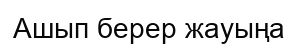
Ашып берер жауыңа